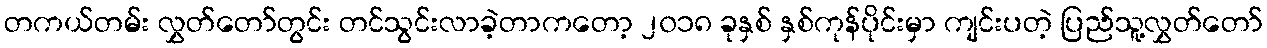
တကယ်တမ်း လွှတ်တော်တွင်း တင်သွင်းလာခဲ့တာကတော့ ၂၀၁၈ ခုနှစ် နှစ်ကုန်ပိုင်းမှာ ကျင်းပတဲ့ ပြည်သူ့လွှတ်တော်